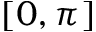
[ 0 , \pi ]